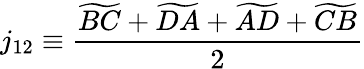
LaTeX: j_{12}\equiv\frac{\widetilde{BC}+\widetilde{DA}+\widetilde{AD}+\widetilde{CB}}{2}